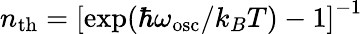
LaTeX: n_{\mathrm{th}}=\left[\exp(\hbar\omega_{\mathrm{osc}}/k_{B}T)-1\right]^{-1}